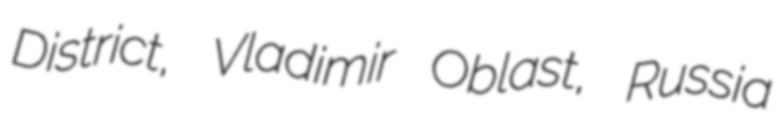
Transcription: District, Vladimir Oblast, Russia